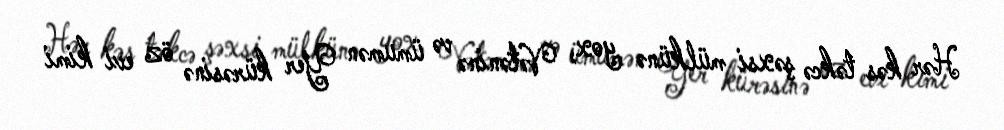
Hər kəs təkcə şəxsi mülkünə yox, Vətəninə və ümumən Yer kürəsinə öz evi kimi